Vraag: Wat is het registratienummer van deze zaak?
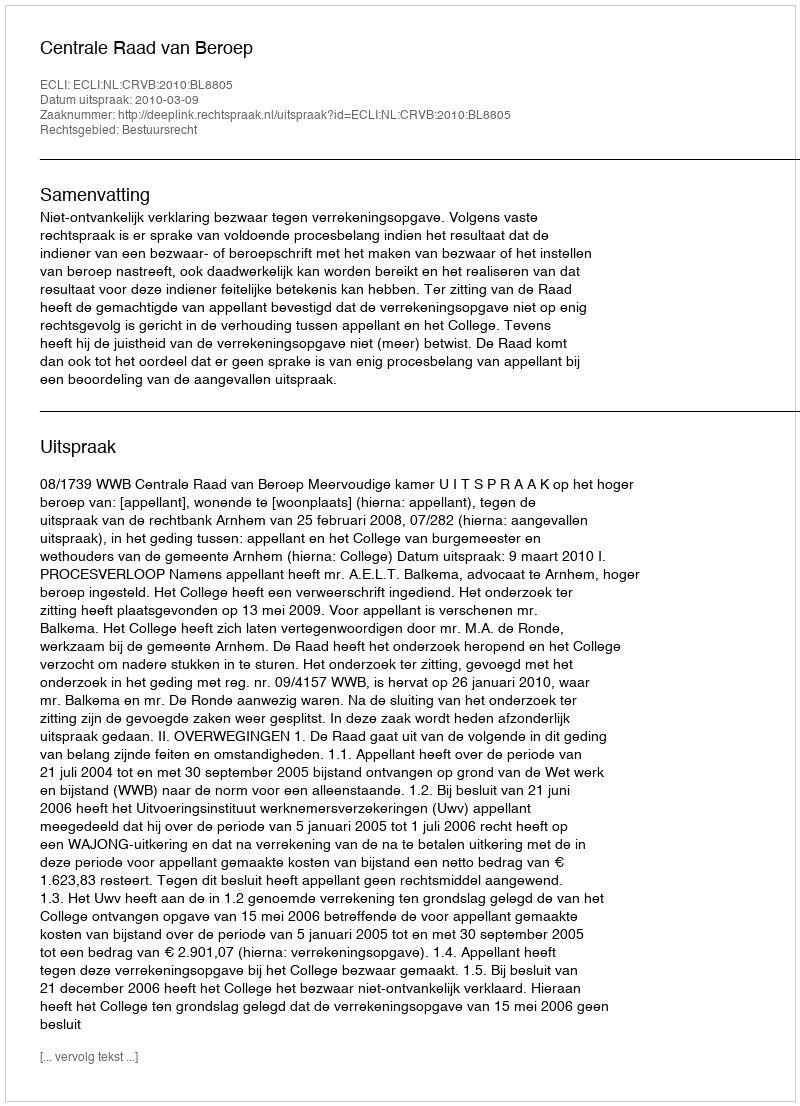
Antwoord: http://deeplink.rechtspraak.nl/uitspraak?id=ECLI:NL:CRVB:2010:BL8805